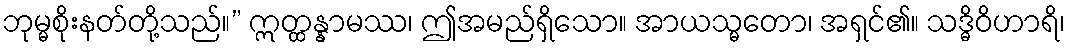
ဘုမ္မစိုးနတ်တို့သည်။” ဣတ္ထန္နာမဿ၊ ဤအမည်ရှိသော။ အာယသ္မတော၊ အရှင်၏။ သဒ္ဓိဝိဟာရိ၊